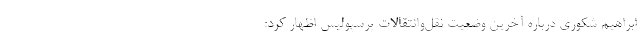
ابراهیم شکوری درباره آخرین وضعیت نقل‌وانتقالات پرسپولیس اظهار کرد: